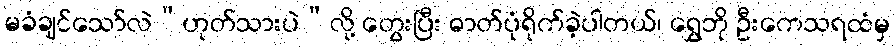
မခံချင်သော်လဲ“ဟုတ်သားပဲ”လို့ တွေးပြီး ဓာတ်ပုံရိုက်ခဲ့ပါတယ်၊ ရွှေဘို ဦးကေသရထံမှ